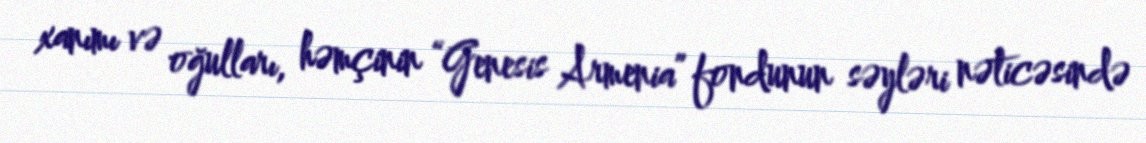
xanımı və oğulları, həmçinin “Genesis Armenia” fondunun səyləri nəticəsində